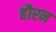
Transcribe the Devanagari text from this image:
हौरन